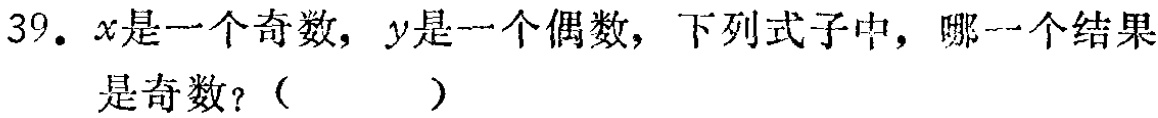
39. \(x\)是一个奇数，\(y\)是一个偶数，下列式子中，哪一个结果是奇数？（  ）